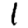
Digit: 1